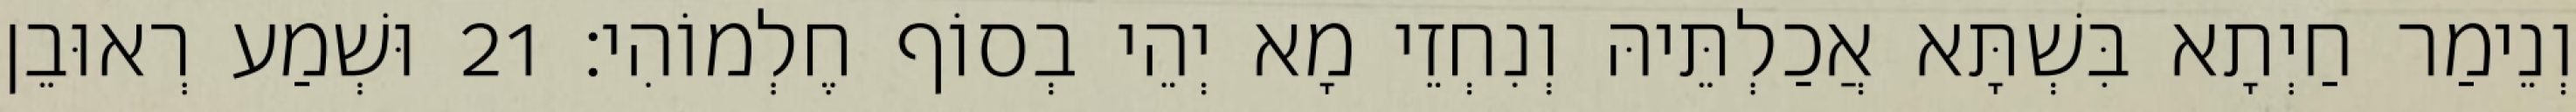
וְנֵימַר חַיְתָא בִּשְׁתָּא אֲכַלְתֵּיהּ וְנִחְזֵי מָא יְהֵי בְסוֹף חֶלְמוֹהִי׃ 21 וּשְׁמַע רְאוּבֵן